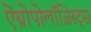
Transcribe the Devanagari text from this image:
ऐंथ्रोपोलॉजिस्ट्स